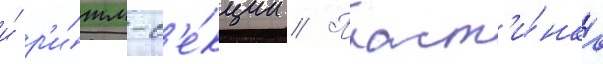
и́ р'и́тм-с'е́кции // Пласт'и́нка